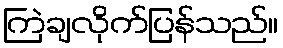
ကြဲချလိုက်ပြန်သည်။